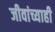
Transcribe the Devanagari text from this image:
जीवांच्याही